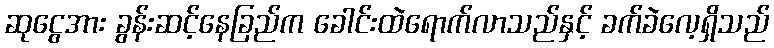
ဆုငွေအား ခွန်းဆင့်နေခြည်က ခေါင်းထဲရောက်လာသည်နှင့် ခက်ခဲလေ့ရှိသည်